Distribution and causation of leprosy in British India
Year: 1875
Disease focus: Leprosy
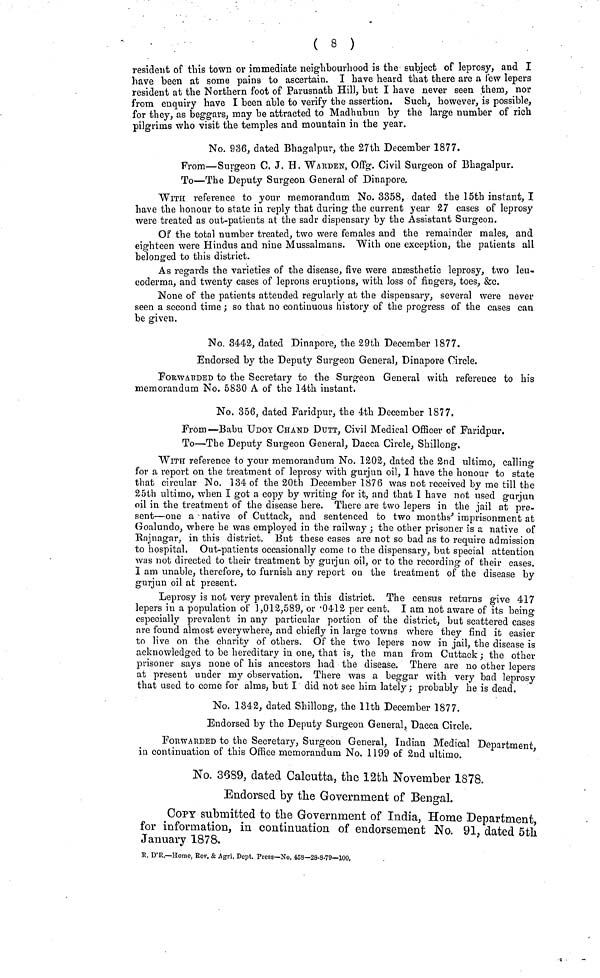
( 8 )
resident of this town or immediate neighbourhood is the subject of leprosy, and I
have been at some pains to ascertain. I have heard that there are a few lepers
resident at the Northern foot of Parusnath Hill, but I have never seen them, nor
from enquiry have I been able to verify the assertion. Such, however, is possible,
for they, as beggars, may be attracted to Madhubun by the large number of rich
pilgrims who visit the temples and mountain in the year.
No. 936, dated Bhagalpur, the 27th December 1877.
From—Surgeon C. J. H. WARDEN, Offg. Civil Surgeon of Bhagalpur.
To—The Deputy Surgeon General of Dinapore,
WITH reference to your memorandum No. 3358, dated the 15th instant, I
have the honour to state in reply that during the current year 27 cases of leprosy
were treated as out-patients at the sadr dispensary by the Assistant Surgeon.
Of the total number treated, two were females and the remainder males, and
eighteen were Hindus and nine Mussalmans. With one exception, the patients all
.
·
belonged to this district.
As regards the varieties of the disease, five were anæsthetic leprosy, two leu-
coderma, and twenty cases of leprous eruptions, with loss of fingers, toes, &c.
None of the patients attended regularly at the dispensary, several were never
seen a second time; so that no continuous history of the progress of the cases can
be given.
No. 3442, dated Dinapore, the 29th December 1877.
Endorsed by the Deputy Surgeon General, Dinapore Circle.
FORWARDED to the Secretary to the Surgeon General with reference to his
memorandum No. 5830 A of the 14th instant.
No. 356, dated Faridpur, the 4th December 1877.
From—Babu UDOY CHAND DUTT, Civil Medical Officer of Faridpur.
To—The Deputy Surgeon General, Dacca Circle, Shillong.
WITH reference to your memorandum No. 1202, dated the 2nd ultimo, calling
for a report on the treatment of leprosy with gurjun oil, I have the honour to state
that circular No. 134 of the 20th December 1876 was not received by me till the
25th ultimo, when I got a copy by writing for it, and that I have not used gurjun
oil in the treatment of the disease here. There are two lepers in the jail at pre-
sent—one a native of Cuttack, and sentenced to two months' imprisonment at
Goalundo, where he was employed in the railway ; the other prisoner is a native of
Rajnagar, in this district. But these cases are not so bad as to require admission
to hospital. Out-patients occasionally come to the dispensary, but special attention
was not directed to their treatment by gurjun oil, or to the recording of their cases.
I am unable, therefore, to furnish any report on the treatment of the disease by
gurjun oil at present.
Leprosy is not very prevalent in this district. The census returns give 417
lepers in a population of 1,012,589, or .0412 per cent. I am not aware of its being
especially prevalent in any particular portion of the district, but scattered cases
are found almost everywhere, and chiefly in large towns where they find it easier
to live an the charity of others. Of the two lepers now in jail, the disease is
acknowledged to be hereditary in one, that is, the man from Cuttack ; the other
prisoner says none of his ancestors had the disease. There are no other lepers
at present under my observation. There was a beggar with very bad leprosy
that used to come for alms, but I did not see him lately ; probably he is dead.
No. 1342, dated Shillong, the 11th December 1877.
Endorsed by the Deputy Surgeon General, Dacca Circle.
FORWARDED to the Secretary, Surgeon General, Indian Medical Department,
in continuation of this Office memorandum No. 1199 of 2nd ultimo.
No. 3689, dated Calcutta, the 12th November 1878.
Endorsed by the Government of Bengal.
COPY submitted to the Government of India, Home Department,
for information, in continuation of endorsement No. 91, dated 5th
January 1878.
R. D'R.—Home, Rev. & Agri, Dept. Press—No. 453—28-8-79—100.